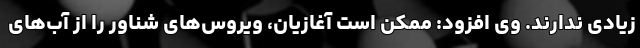
زیادی ندارند. وی افزود: ممکن است آغازیان، ویروس‌های شناور را از آب‌های